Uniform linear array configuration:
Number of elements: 32
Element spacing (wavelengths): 1
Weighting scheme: hamming
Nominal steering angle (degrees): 15
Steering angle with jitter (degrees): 15.187
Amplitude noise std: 0.05
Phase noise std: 0.05

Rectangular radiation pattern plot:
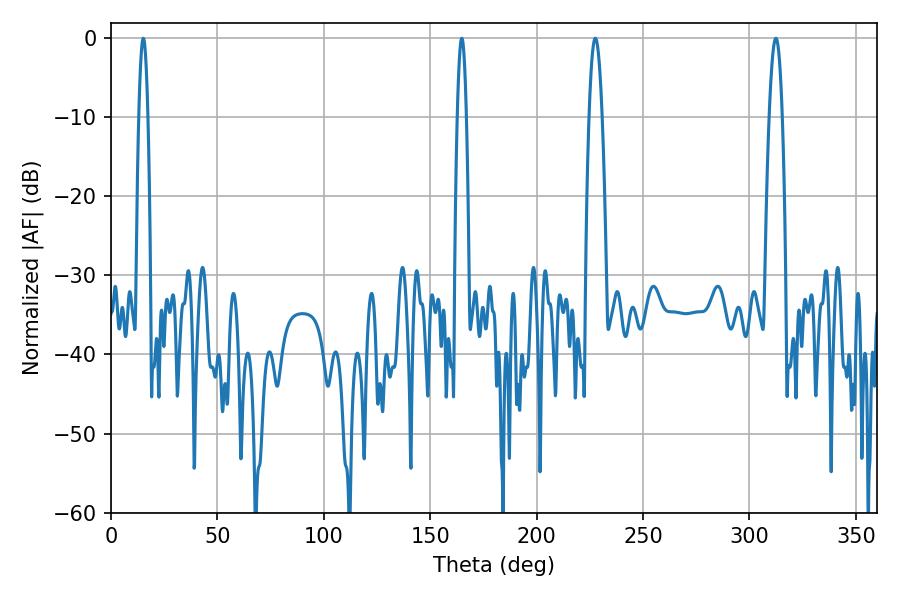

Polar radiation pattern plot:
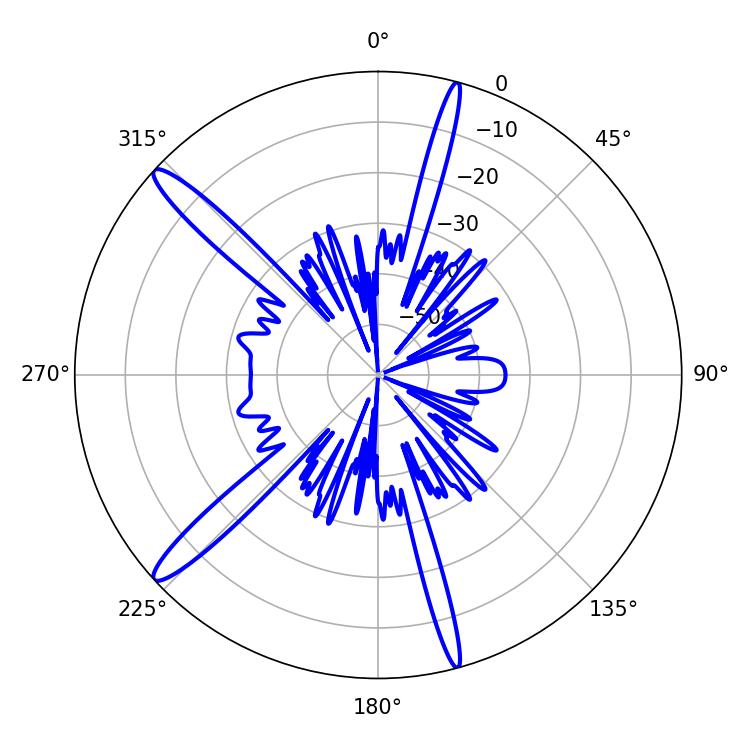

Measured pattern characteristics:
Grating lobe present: TRUE
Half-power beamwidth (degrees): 3.42
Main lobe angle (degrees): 227.52